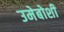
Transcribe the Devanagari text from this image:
उमेबोशी